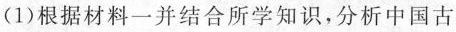
(1)根据材料一并结合所学知识，分析中国古